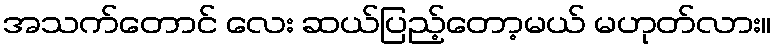
အသက်တောင် လေး ဆယ်ပြည့်တော့မယ် မဟုတ်လား။